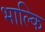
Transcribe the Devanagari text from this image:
भाल्कि